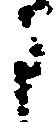
に